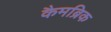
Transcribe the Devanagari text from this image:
कैमब्रिक